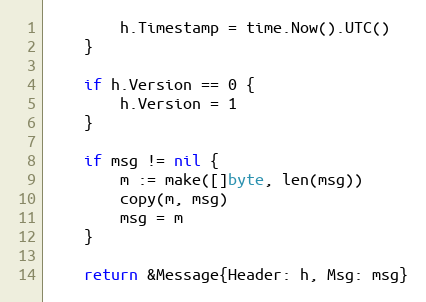
Language: Go
		h.Timestamp = time.Now().UTC()
	}

	if h.Version == 0 {
		h.Version = 1
	}

	if msg != nil {
		m := make([]byte, len(msg))
		copy(m, msg)
		msg = m
	}

	return &Message{Header: h, Msg: msg}